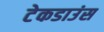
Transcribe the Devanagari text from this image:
टेकडाउंस